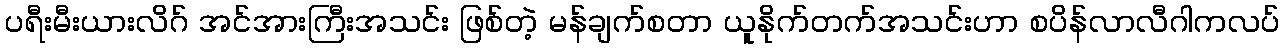
ပရီးမီးယားလိဂ် အင်အားကြီးအသင်း ဖြစ်တဲ့ မန်ချက်စတာ ယူနိုက်တက်အသင်းဟာ စပိန်လာလီဂါကလပ်